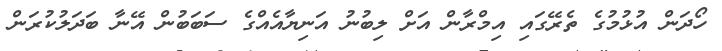
ހޯދަން އުޅުމުގެ ތެރޭގައި އިމްރާން އަށް ލިބުނު އަނިޔާއެއްގެ ސަބަބުން އޭނާ ބަދަލުކުރަން